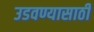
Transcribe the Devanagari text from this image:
उडवण्यासाठी